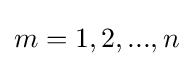
m=1,2,...,n